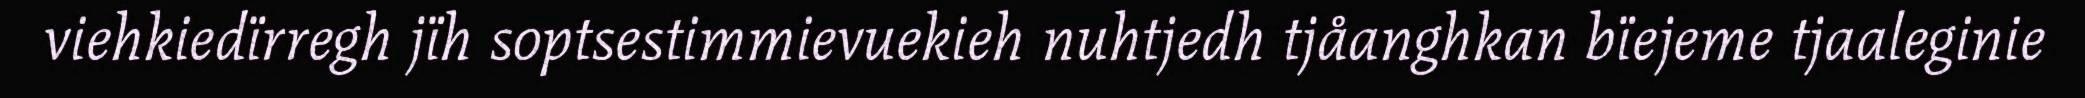
viehkiedïrregh jïh soptsestimmievuekieh nuhtjedh tjåanghkan bïejeme tjaaleginie